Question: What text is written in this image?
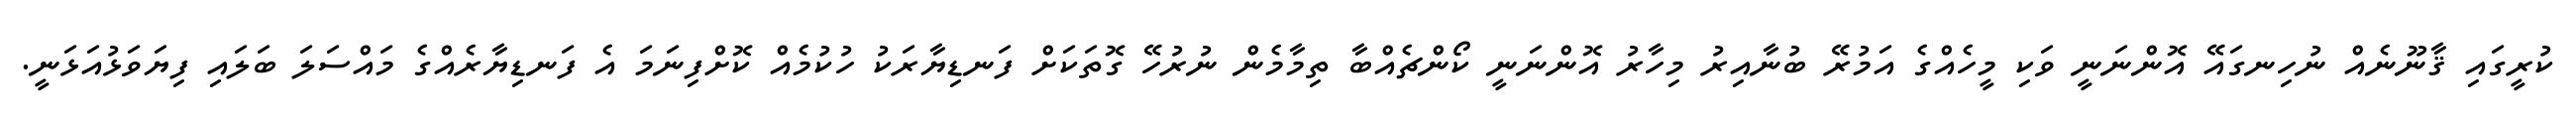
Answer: ކުރީގައި ޤާނޫނެއް ނުހިނގައޭ އޮންނަނީ ވަކި މީހެއްގެ އަމުރޭ ބުނާއިރު މިހާރު އޮންނަނީ ކޯންޗެއްބާ ތިމާމެން ނުރުހޭ ގޮތަކަށް ފަނޑިޔާރަކު ހުކުމެއް ކޮށްފިނަމަ އެ ފަނޑިޔާރެއްގެ މައްސަލަ ބަލައި ފިޔަވަޅުއަޅަނީ.